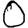
Digit: 0